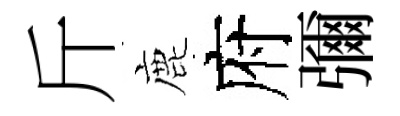
斤鹿府彌